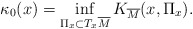
\begin{align*}\displaystyle{\kappa_0(x)=\inf_{\Pi_x\subset T_x\overline{M}}K_{\overline{M}}(x,\Pi_x).}\end{align*}